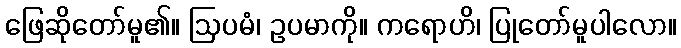
ဖြေဆိုတော်မူ၏။ ဩပမံ၊ ဥပမာကို။ ကရောဟိ၊ ပြုတော်မူပါလော။